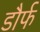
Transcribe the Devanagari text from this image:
डौर्फ